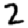
Digit: 2